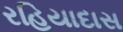
રહિયાદાસ